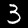
Digit: 3